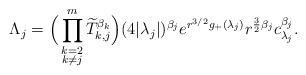
LaTeX: \begin{align*}\Lambda_{j} = \Big( \prod_{\substack{k=2 \\ k \neq j}}^{m} \widetilde{T}_{k,j}^{\beta_{k}} \Big) (4|\lambda_{j}|)^{\beta_{j}} e^{r^{3/2}g_{+}(\lambda_{j})}r^{\frac{3}{2}\beta_{j}}c_{\lambda_{j}}^{\beta_{j}}.\end{align*}